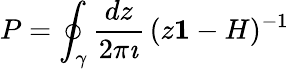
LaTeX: P=\oint_{\gamma}\frac{dz}{2\pi\imath}\, (z{\mathbf 1}-H)^{-1}